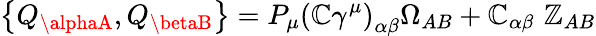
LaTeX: \left\{ Q_{\alphaA},Q_{\betaB}\right\} =P_{\mu}\left(\mathbb{C}\gamma^{\mu}\right)_{\alpha\beta}\Omega_{AB}+\mathbb{C}_{\alpha\beta}\, \, \mathbb{Z}_{AB}